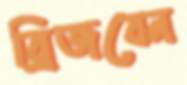
ব্রিজবেন